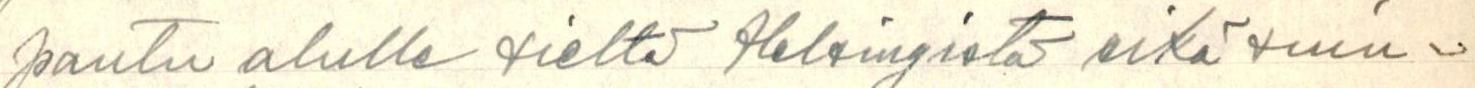
pantu alulle sieltä Helsingistä eikä suin=